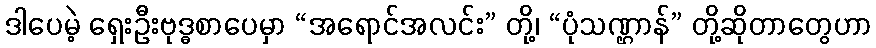
ဒါပေမဲ့ ရှေးဦးဗုဒ္ဓစာပေမှာ “အရောင်အလင်း” တို့၊ “ပုံသဏ္ဌာန်” တို့ဆိုတာတွေဟာ